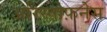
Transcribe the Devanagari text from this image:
अरिस्तोफ़नेस